Indian journal of veterinary science and animal husbandry - Volumes 26-27, 1956-1957
Year: 1956
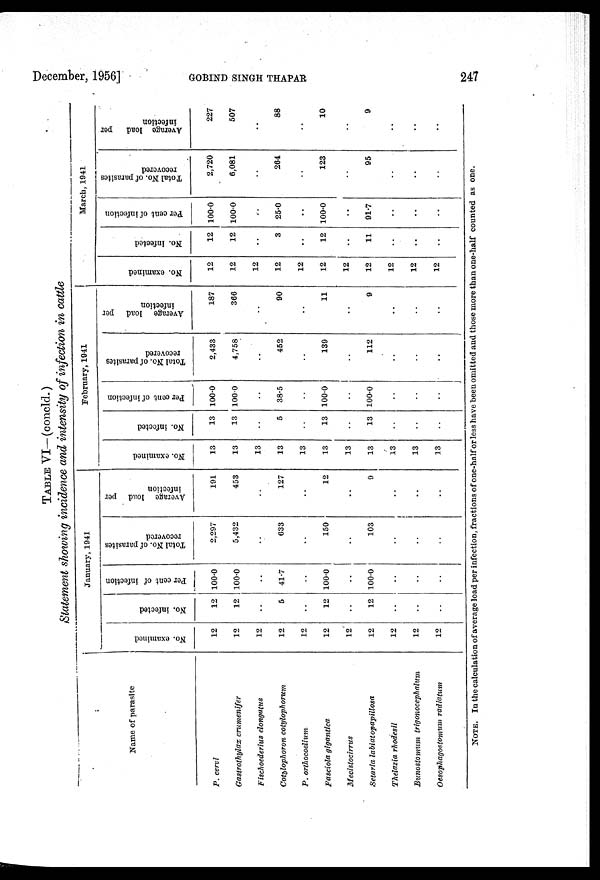
December, 1956]
GOBIND
SINGH
THAPAR
247
TABLE VI—(concld.)
Statement showing incidence and intensity of infection in cattle
Name of parasite
P. cervi
Gastrothylax crumenifer
Fischoederius elongatus
Cotylophoron cotylophorum
P. orthocoelium
Fasciola gigantica
Mecistocirrus
Setaria labiatopapillosa
Thelazia rhodesii
Bunostomum
trigonocephalum
Oesophagosfomum radiatum
January, 1041
No. examined
12
12
12
12
12
12
12
12
12
12
12
No. infected
12
12
..
5
..
12
..
12
..
..
..
Per cent of infection
100.0
100.0
..
41.7
..
100.0
..
100.0
..
..
..
Total No. of parasites
recovered
2,297
5,432
..
633
..
150
..
103
..
..
..
Average load per
infection
191
453
..
127
..
12
..
9
..
..
..
February, 1941
No. examined
13
13
13
13
13
13
13
13
13
13
13
No. infected
13
13
..
5
..
13
..
13
..
..
..
Per cent of infection
100.0
100.0
..
38.5
..
100.0
..
100.0
..
..
..
Total No. of parasites
recovered
2,433
4,758
..
452
..
139
..
112
..
..
..
Average load per
infection
187
366
..
90
..
11
..
9
..
..
..
March, 1941
No. examined
12
12
12
12
12
12
12
12
12
12
12
No. infected
12
12
..
3
..
12
..
11
..
..
..
Per cent of infection
100.0
100.0
..
25.0
..
100.0
..
91.7
..
..
..
Total No. of parasites
recovered
2,720
6,081
..
264
..
123
..
95
..
..
..
Average load
per
infection
227
507
..
88
..
10
..
9
..
..
..
Note. In the calculation of average load per infection, fractions of one-half or less have been omitted and those more than one-half counted as one.